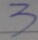
3